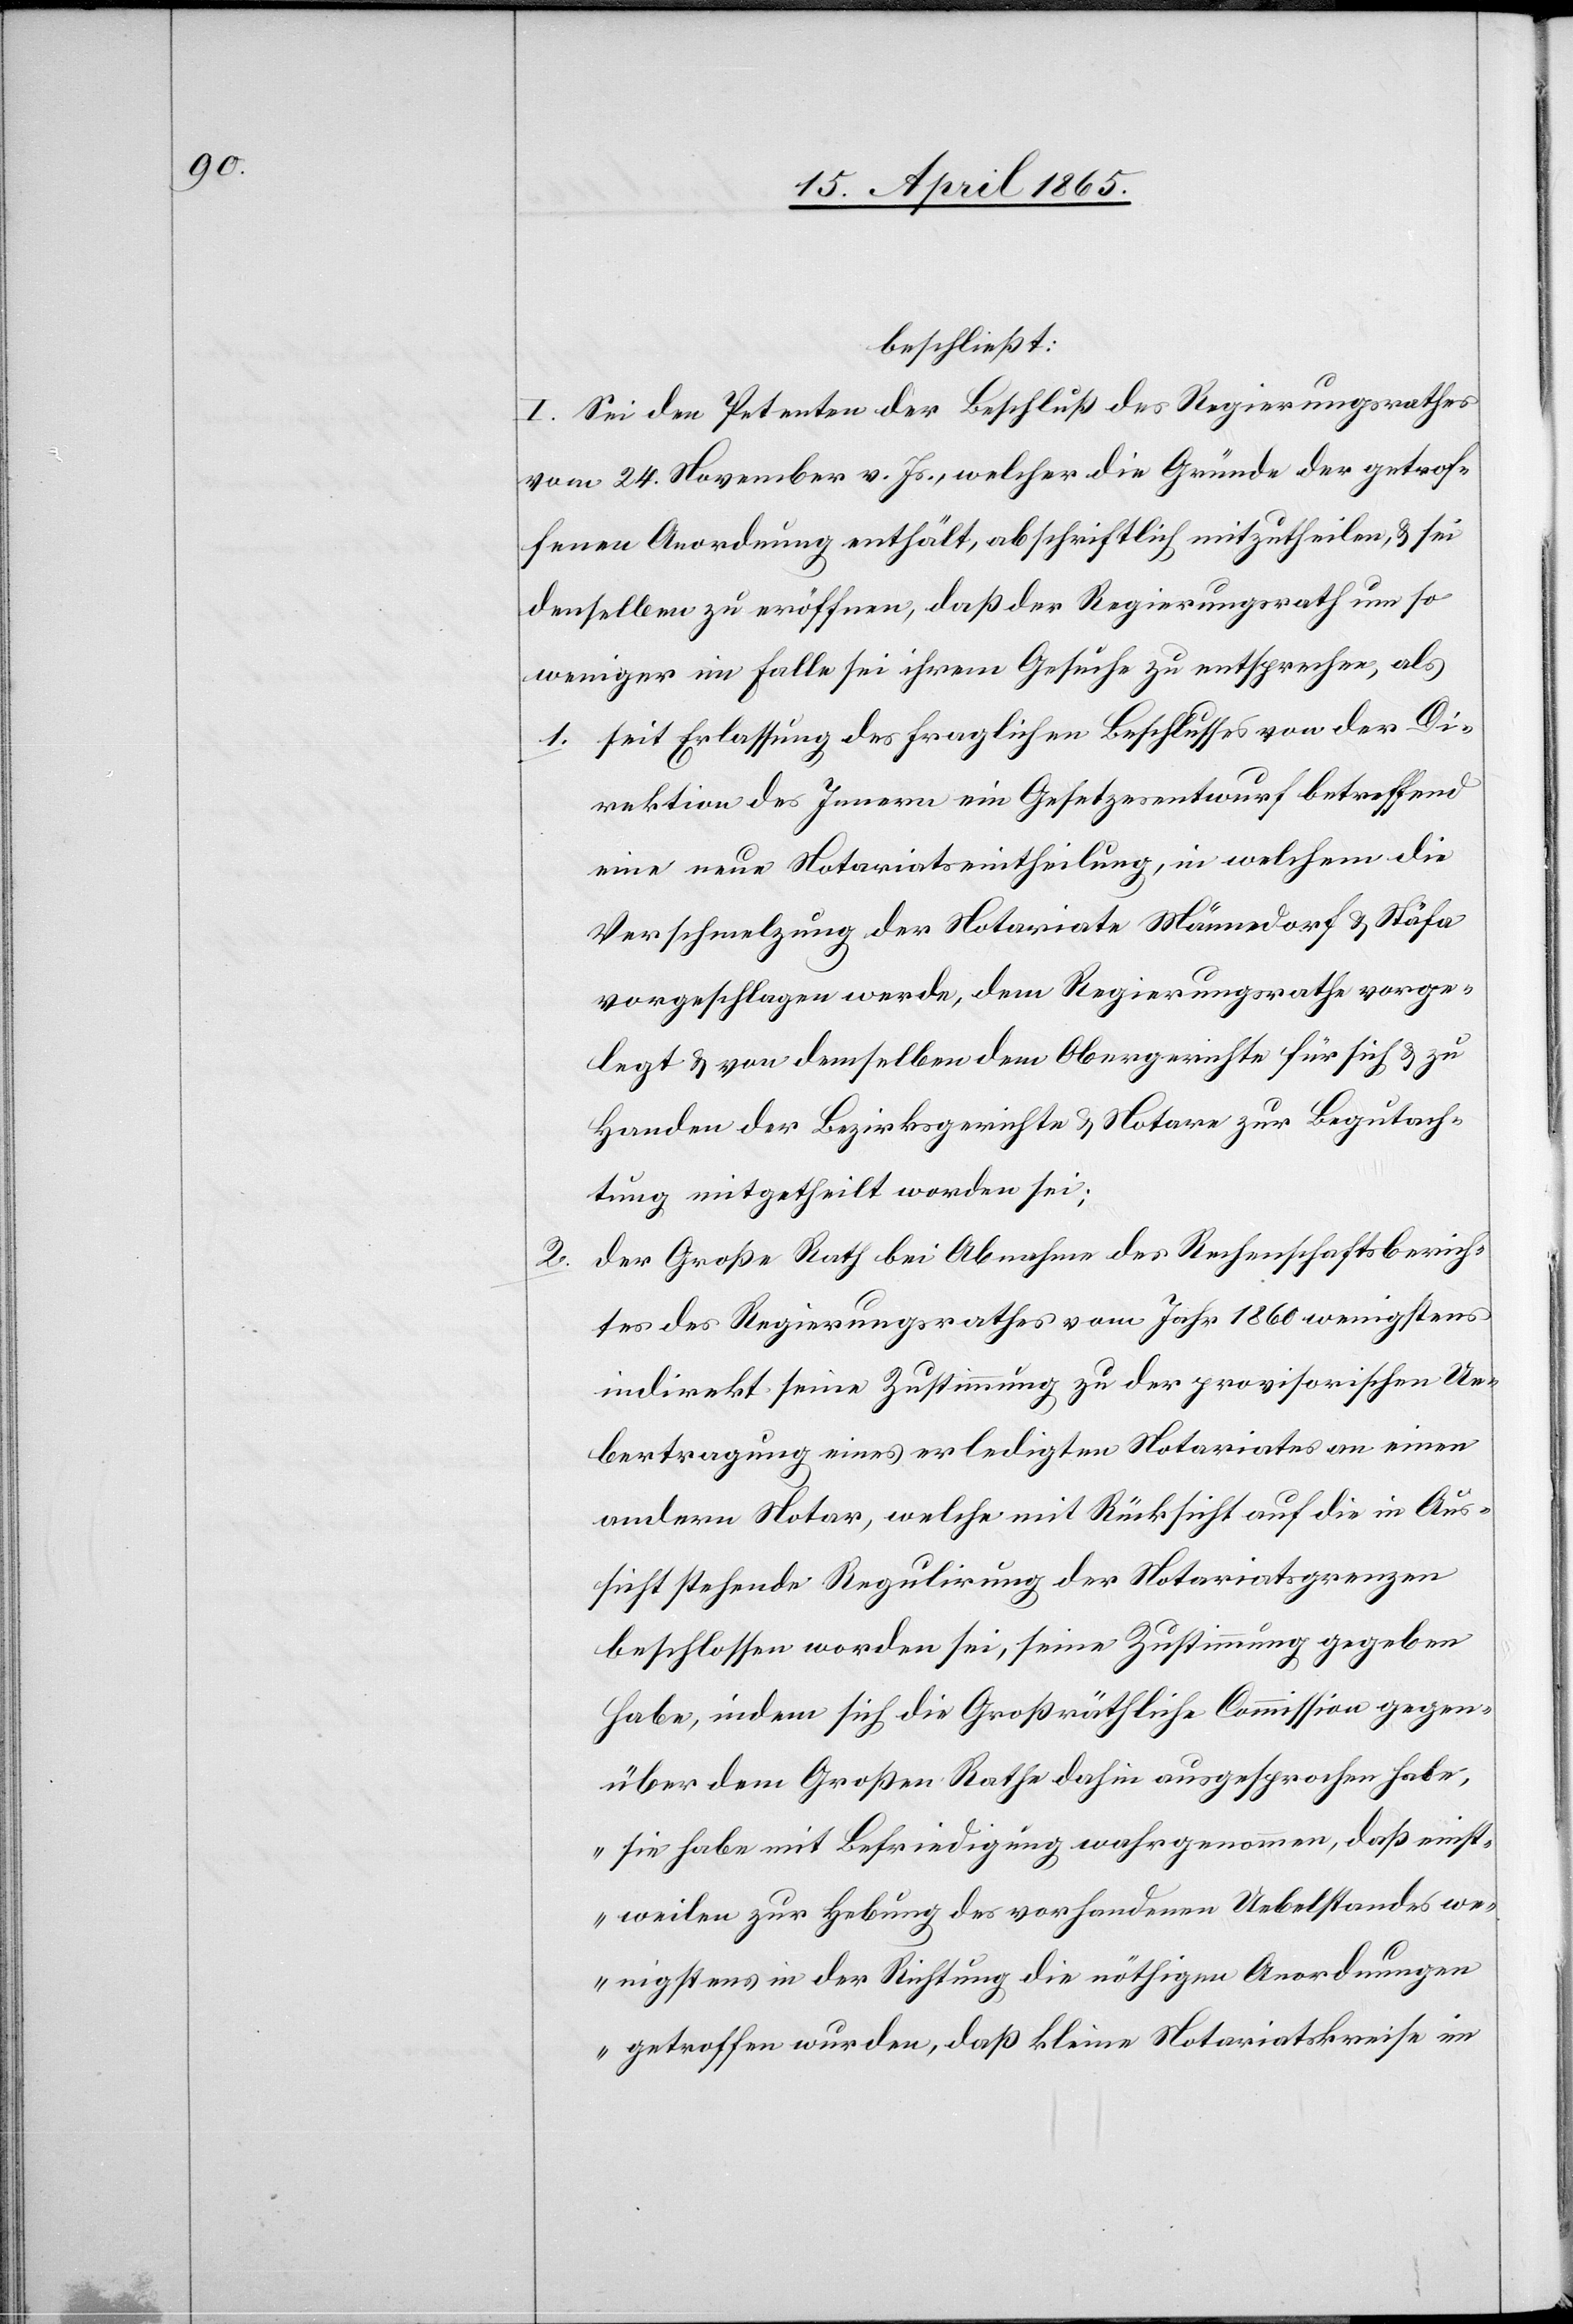
2.

beschließt:
I. Sei den Petenten der Beschluß des Regierungsrathes
vom 24. November v. Js., welcher die Gründe der getrof¬
fenen Anordnung enthält, abschriftlich mitzutheilen, & sei
denselben zu eröffnen, daß der Regierungsrath um so
weniger im Falle sei ihrem Gesuche zu entsprechen, als
1. seit Erlassung des fraglichen Beschlusses von der Di¬
rektion des Innern ein Gesetzesentwurf betreffend
eine neue Notariatseintheilung, in welchem die
Verschmelzung der Notariate Männedorf & Stäfa
vorgeschlagen werde, dem Regierungsrathe vorge¬
legt & von demselben dem Obergerichte für sich & zu
Handen der Bezirksgerichte & Notare zur Begutach¬
tung mitgetheilt worden sei;
Der Große Rath bei Abnahme des Rechenschaftsberich¬
tes des Regierungsrathes vom Jahr 1860 wenigstens
indirekt seine Zustimmung zu der provisorischen Ue¬
bertragung eines erledigten Notariates an einen
andern Notar, welche mit Rücksicht auf die in Aus¬
sicht stehende Regulirung der Notariatsgrenzen
beschlossen worden sei, seine Zustimmung [sic!] gegeben
habe, indem sich die Großräthliche Commission gegen¬
über dem Großen Rathe dahin ausgesprochen habe,
„sie habe mit Befriedigung wahrgenommen, daß einst¬
weilen zur Hebung des vorhandenen Uebelstandes we¬
nigstens in der Richtung die nöthigen Anordnungen
getroffen wurden, daß kleine Notariatskreise im